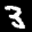
Label: 3